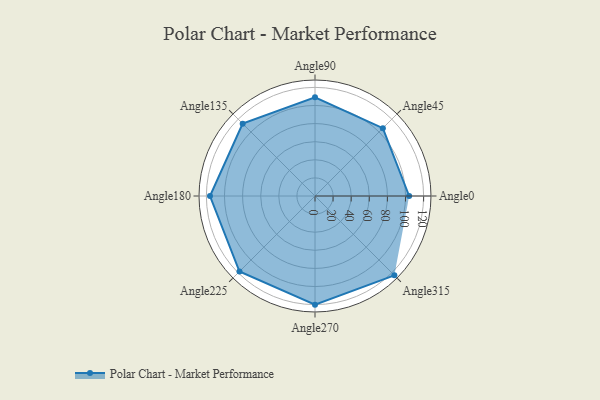
{"axis": {"x": "Angle", "y": "Radius"}, "legend": [""], "data": [{"x": "Angle0", "y": 104.0, "type": ""}, {"x": "Angle45", "y": 106.0, "type": ""}, {"x": "Angle90", "y": 109.0, "type": ""}, {"x": "Angle135", "y": 113.0, "type": ""}, {"x": "Angle180", "y": 116.0, "type": ""}, {"x": "Angle225", "y": 118.0, "type": ""}, {"x": "Angle270", "y": 120.0, "type": ""}, {"x": "Angle315", "y": 124.0, "type": ""}]}